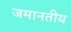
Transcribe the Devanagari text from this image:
जमानतीय